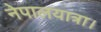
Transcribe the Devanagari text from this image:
नेपालयात्रा।